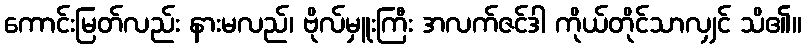
ကောင်းမြတ်လည်း နားမလည်၊ ဗိုလ်မှူးကြီး အလက်ဇင်ဒါ ကိုယ်တိုင်သာလျှင် သိ၏။